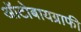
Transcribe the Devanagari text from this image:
ऑटोबायग्राफी